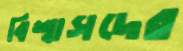
বিশ্বাসদের